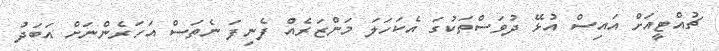
ޗުއްޓީއަށް އައިސް އުޅޭ ދުވަސްތަކުގަ އެކަހަލަ މަންޒަރެއް ފެނިފަ ނެތަސް އަހަރެންނަށް އަބަދު